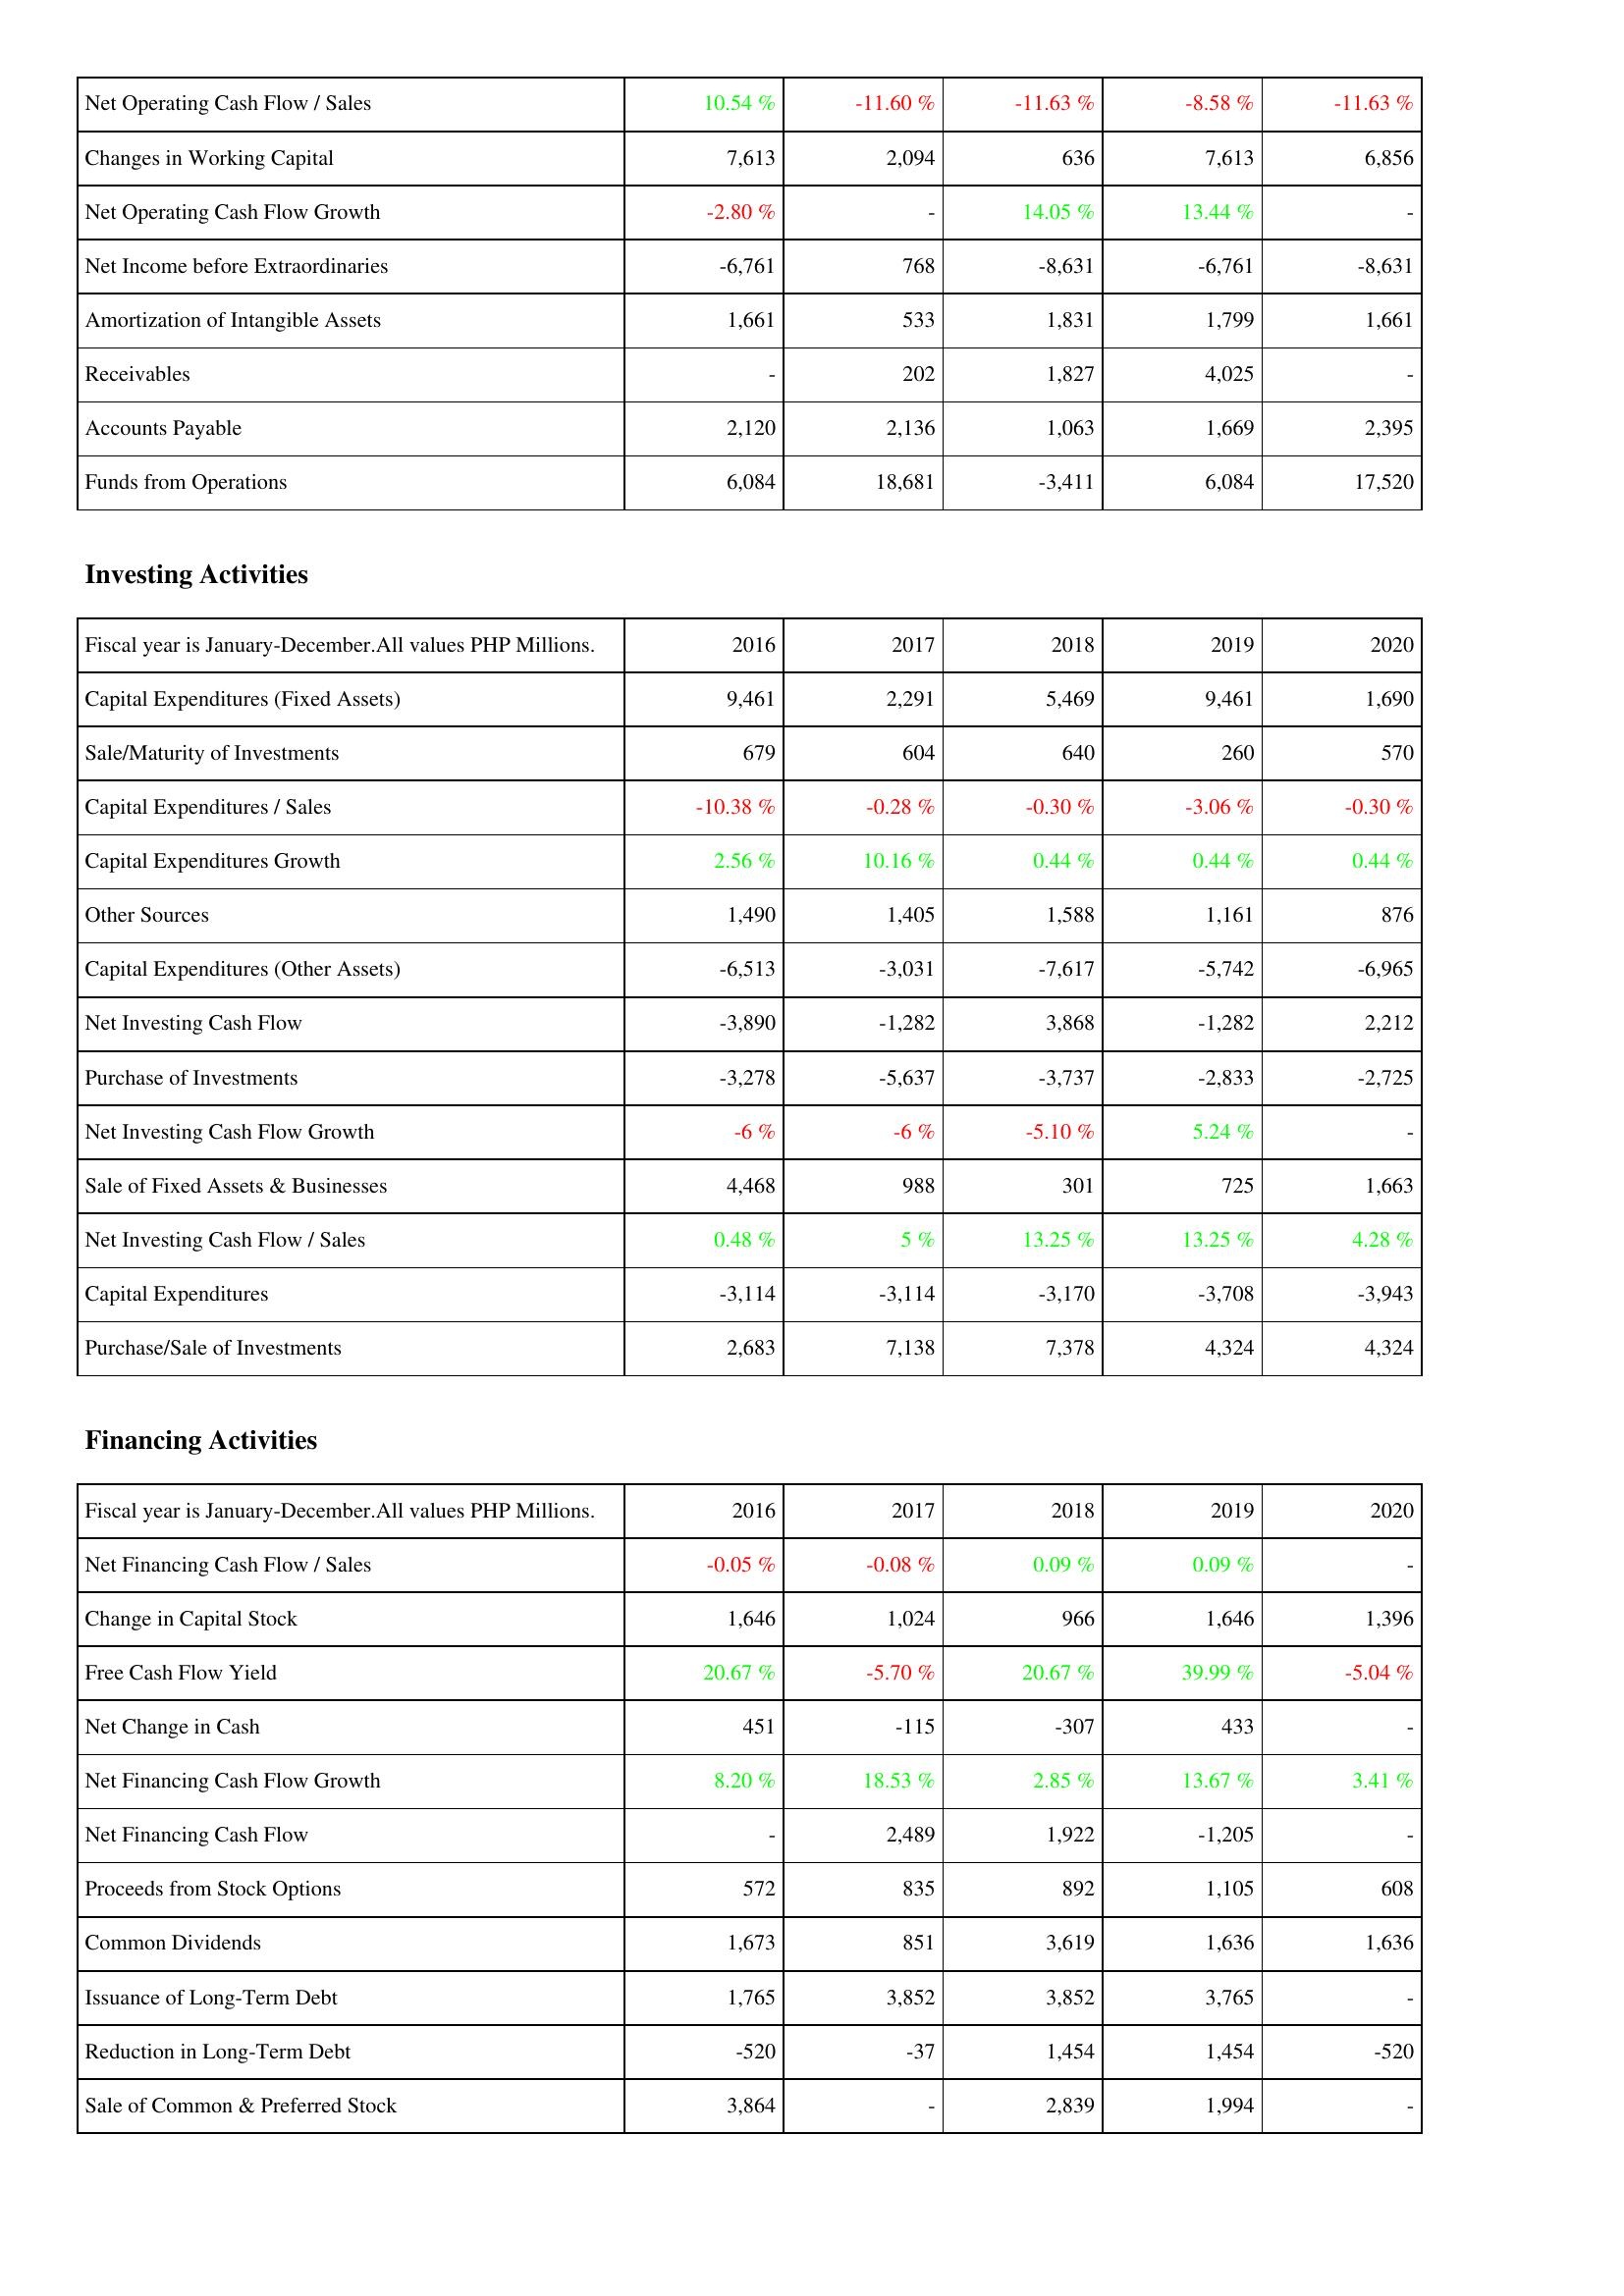
2016: Operating Activities: Net Operating Cash Flow / Sales: 10.54 %
Changes in Working Capital: 7,613
Net Operating Cash Flow Growth: -2.80 %
Net Income before Extraordinaries: -6,761
Amortization of Intangible Assets: 1,661
Receivables: -
Accounts Payable: 2,120
Funds from Operations: 6,084
Investing Activities: Capital Expenditures (Fixed Assets): 9,461
Sale/Maturity of Investments: 679
Capital Expenditures / Sales: -10.38 %
Capital Expenditures Growth: 2.56 %
Other Sources: 1,490
Capital Expenditures (Other Assets): -6,513
Net Investing Cash Flow: -3,890
Purchase of Investments: -3,278
Net Investing Cash Flow Growth: -6 %
Sale of Fixed Assets & Businesses: 4,468
Net Investing Cash Flow / Sales: 0.48 %
Capital Expenditures: -3,114
Purchase/Sale of Investments: 2,683
Financing Activities: Net Financing Cash Flow / Sales: -0.05 %
Change in Capital Stock: 1,646
Free Cash Flow Yield: 20.67 %
Net Change in Cash: 451
Net Financing Cash Flow Growth: 8.20 %
Net Financing Cash Flow: -
Proceeds from Stock Options: 572
Common Dividends: 1,673
Issuance of Long-Term Debt: 1,765
Reduction in Long-Term Debt: -520
Sale of Common & Preferred Stock: 3,864
2017: Operating Activities: Net Operating Cash Flow / Sales: -11.60 %
Changes in Working Capital: 2,094
Net Operating Cash Flow Growth: -
Net Income before Extraordinaries: 768
Amortization of Intangible Assets: 533
Receivables: 202
Accounts Payable: 2,136
Funds from Operations: 18,681
Investing Activities: Capital Expenditures (Fixed Assets): 2,291
Sale/Maturity of Investments: 604
Capital Expenditures / Sales: -0.28 %
Capital Expenditures Growth: 10.16 %
Other Sources: 1,405
Capital Expenditures (Other Assets): -3,031
Net Investing Cash Flow: -1,282
Purchase of Investments: -5,637
Net Investing Cash Flow Growth: -6 %
Sale of Fixed Assets & Businesses: 988
Net Investing Cash Flow / Sales: 5 %
Capital Expenditures: -3,114
Purchase/Sale of Investments: 7,138
Financing Activities: Net Financing Cash Flow / Sales: -0.08 %
Change in Capital Stock: 1,024
Free Cash Flow Yield: -5.70 %
Net Change in Cash: -115
Net Financing Cash Flow Growth: 18.53 %
Net Financing Cash Flow: 2,489
Proceeds from Stock Options: 835
Common Dividends: 851
Issuance of Long-Term Debt: 3,852
Reduction in Long-Term Debt: -37
Sale of Common & Preferred Stock: -
2018: Operating Activities: Net Operating Cash Flow / Sales: -11.63 %
Changes in Working Capital: 636
Net Operating Cash Flow Growth: 14.05 %
Net Income before Extraordinaries: -8,631
Amortization of Intangible Assets: 1,831
Receivables: 1,827
Accounts Payable: 1,063
Funds from Operations: -3,411
Investing Activities: Capital Expenditures (Fixed Assets): 5,469
Sale/Maturity of Investments: 640
Capital Expenditures / Sales: -0.30 %
Capital Expenditures Growth: 0.44 %
Other Sources: 1,588
Capital Expenditures (Other Assets): -7,617
Net Investing Cash Flow: 3,868
Purchase of Investments: -3,737
Net Investing Cash Flow Growth: -5.10 %
Sale of Fixed Assets & Businesses: 301
Net Investing Cash Flow / Sales: 13.25 %
Capital Expenditures: -3,170
Purchase/Sale of Investments: 7,378
Financing Activities: Net Financing Cash Flow / Sales: 0.09 %
Change in Capital Stock: 966
Free Cash Flow Yield: 20.67 %
Net Change in Cash: -307
Net Financing Cash Flow Growth: 2.85 %
Net Financing Cash Flow: 1,922
Proceeds from Stock Options: 892
Common Dividends: 3,619
Issuance of Long-Term Debt: 3,852
Reduction in Long-Term Debt: 1,454
Sale of Common & Preferred Stock: 2,839
2019: Operating Activities: Net Operating Cash Flow / Sales: -8.58 %
Changes in Working Capital: 7,613
Net Operating Cash Flow Growth: 13.44 %
Net Income before Extraordinaries: -6,761
Amortization of Intangible Assets: 1,799
Receivables: 4,025
Accounts Payable: 1,669
Funds from Operations: 6,084
Investing Activities: Capital Expenditures (Fixed Assets): 9,461
Sale/Maturity of Investments: 260
Capital Expenditures / Sales: -3.06 %
Capital Expenditures Growth: 0.44 %
Other Sources: 1,161
Capital Expenditures (Other Assets): -5,742
Net Investing Cash Flow: -1,282
Purchase of Investments: -2,833
Net Investing Cash Flow Growth: 5.24 %
Sale of Fixed Assets & Businesses: 725
Net Investing Cash Flow / Sales: 13.25 %
Capital Expenditures: -3,708
Purchase/Sale of Investments: 4,324
Financing Activities: Net Financing Cash Flow / Sales: 0.09 %
Change in Capital Stock: 1,646
Free Cash Flow Yield: 39.99 %
Net Change in Cash: 433
Net Financing Cash Flow Growth: 13.67 %
Net Financing Cash Flow: -1,205
Proceeds from Stock Options: 1,105
Common Dividends: 1,636
Issuance of Long-Term Debt: 3,765
Reduction in Long-Term Debt: 1,454
Sale of Common & Preferred Stock: 1,994
2020: Operating Activities: Net Operating Cash Flow / Sales: -11.63 %
Changes in Working Capital: 6,856
Net Operating Cash Flow Growth: -
Net Income before Extraordinaries: -8,631
Amortization of Intangible Assets: 1,661
Receivables: -
Accounts Payable: 2,395
Funds from Operations: 17,520
Investing Activities: Capital Expenditures (Fixed Assets): 1,690
Sale/Maturity of Investments: 570
Capital Expenditures / Sales: -0.30 %
Capital Expenditures Growth: 0.44 %
Other Sources: 876
Capital Expenditures (Other Assets): -6,965
Net Investing Cash Flow: 2,212
Purchase of Investments: -2,725
Net Investing Cash Flow Growth: -
Sale of Fixed Assets & Businesses: 1,663
Net Investing Cash Flow / Sales: 4.28 %
Capital Expenditures: -3,943
Purchase/Sale of Investments: 4,324
Financing Activities: Net Financing Cash Flow / Sales: -
Change in Capital Stock: 1,396
Free Cash Flow Yield: -5.04 %
Net Change in Cash: -
Net Financing Cash Flow Growth: 3.41 %
Net Financing Cash Flow: -
Proceeds from Stock Options: 608
Common Dividends: 1,636
Issuance of Long-Term Debt: -
Reduction in Long-Term Debt: -520
Sale of Common & Preferred Stock: -